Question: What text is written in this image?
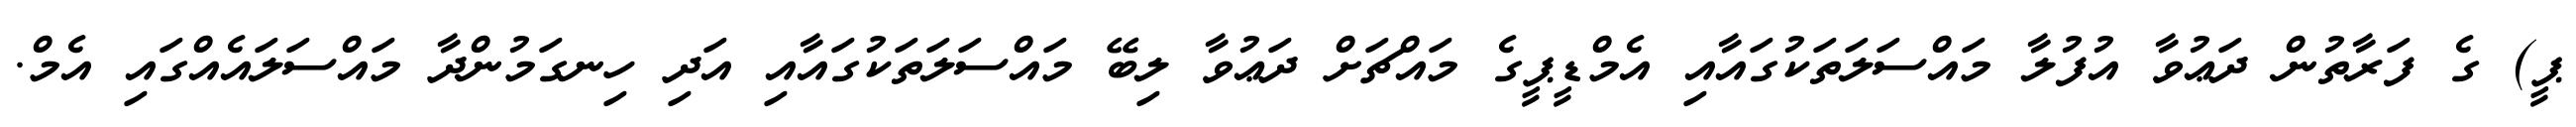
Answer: ޕީ) ގެ ފަރާތުން ދަޢުވާ އުފުލާ މައްސަލަތަކުގައާއި އެމްޑީޕީގެ މައްޗަށް ދަޢުވާ ލިބޭ މައްސަލަތަކުގައާއި އަދި ހިނގަމުންދާ މައްސަލައެއްގައި އެމް.